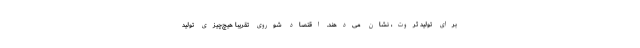
برای تولید ثروت، نشان می‌دهند. اقتصاد شوروی تقریباً هیچ‌چیزی تولید